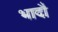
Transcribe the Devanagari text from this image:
भादौ